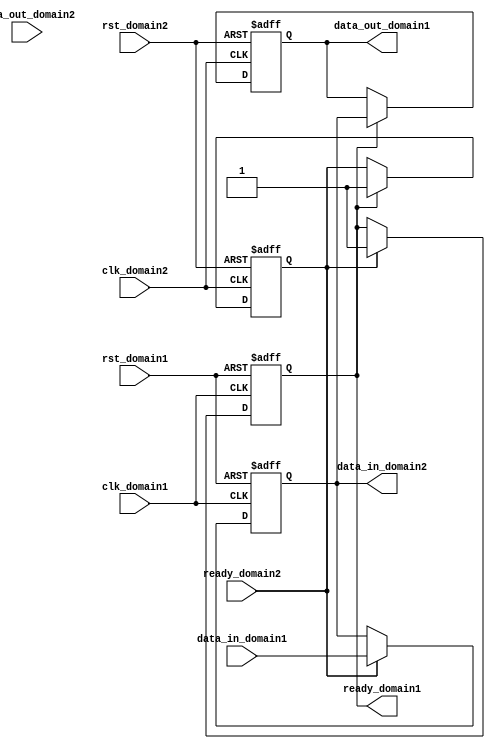
module synchronizer (
    input wire clk_domain1,
    input wire rst_domain1,
    input wire data_in_domain1,
    output reg data_out_domain1,
    input wire clk_domain2,
    input wire rst_domain2,
    output reg data_in_domain2,
    input wire data_out_domain2,
    output reg ready_domain1,
    input wire ready_domain2
);

reg data_reg1;
reg data_reg2;
reg ready_reg1;
reg ready_reg2;

always @(posedge clk_domain1 or negedge rst_domain1) begin
    if (!rst_domain1) begin
        data_reg1 <= 1'b0;
        ready_reg1 <= 1'b0;
    end else begin
        if (ready_domain2 && ready_reg2) begin
            data_reg1 <= data_in_domain1;
            ready_reg1 <= 1'b1;
        end
    end
end

always @(posedge clk_domain2 or negedge rst_domain2) begin
    if (!rst_domain2) begin
        data_reg2 <= 1'b0;
        ready_reg2 <= 1'b0;
    end else begin
        if (ready_domain1 && ready_reg1) begin
            data_reg2 <= data_in_domain2;
            ready_reg2 <= 1'b1;
        end
    end
end

assign data_out_domain1 = data_reg2;
assign data_in_domain2 = data_reg1;
assign ready_domain1 = ready_reg1;
assign ready_domain2 = ready_reg2;

endmodule